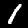
Digit: 1